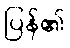
ပြန်၏